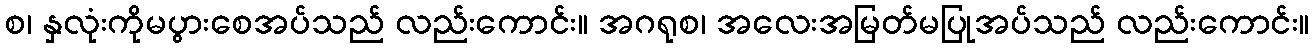
စ၊ နှလုံးကိုမပွားစေအပ်သည် လည်းကောင်း။ အဂရုစ၊ အလေးအမြတ်မပြုအပ်သည် လည်းကောင်း။